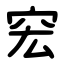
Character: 䆖